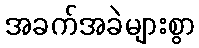
အခက်အခဲများစွာ